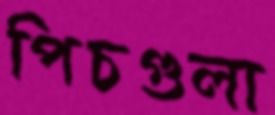
পিচগুলা